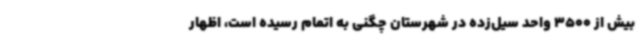
بیش از 3500 واحد سیل‌زده در شهرستان چگنی به اتمام رسیده است، اظهار